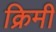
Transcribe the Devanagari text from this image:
क्रिमी